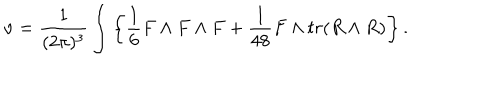
\nu = { \frac { 1 } { ( 2 \pi ) ^ { 3 } } } \int \left\{ { \frac { 1 } { 6 } } F \wedge F \wedge F + { \frac { 1 } { 4 8 } } F \wedge t r ( R \wedge R ) \right\} .